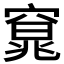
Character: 𮄍